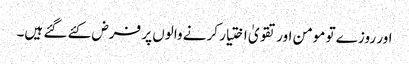
اور روزے تو مومن اور تقویٰ اختیار کرنے والوں پر فرض کئے گئے ہیں۔